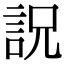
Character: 詋